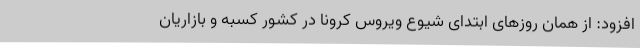
افزود: از همان روزهای ابتدای شیوع ویروس کرونا در کشور کسبه و بازاریان